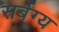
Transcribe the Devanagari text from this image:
सर्बग्य